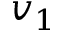
v _ { 1 }